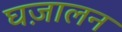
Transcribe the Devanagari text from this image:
घज़ालन